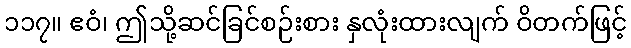
၁၁၇။ ဧဝံ၊ ဤသို့ဆင်ခြင်စဉ်းစား နှလုံးထားလျက် ဝိတက်ဖြင့်